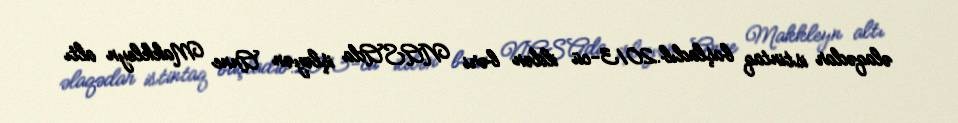
əlaqədar istintaq başladıb.2013-cü ildən bəri NASAda işləyən Anne Makkleyn altı